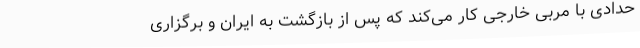
حدادی با مربی خارجی کار می‌کند که پس از بازگشت به ایران و برگزاری